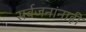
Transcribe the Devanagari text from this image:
सर्वजनांनाही